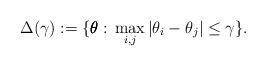
LaTeX: \begin{align*}\Delta(\gamma):=\{\pmb{\theta}:\, \max_{i,j}|\theta_i-\theta_j|\le \gamma\}.\end{align*}